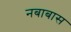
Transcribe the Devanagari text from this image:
नबाबास